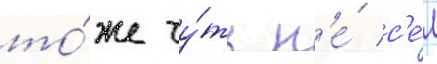
то́же чу́ть н'е́ с'е́л